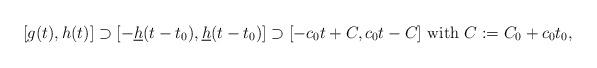
LaTeX: \begin{align*}[g(t), h(t)]\supset [-\underline h(t-t_0), \underline h(t-t_0)]\supset [-c_0t+C, c_0t-C] \mbox{ with } C:=C_0+c_0t_0,\end{align*}